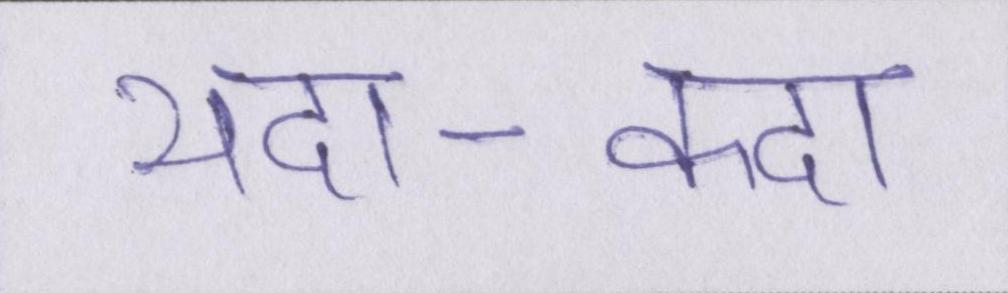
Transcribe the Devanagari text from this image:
यदा-कदा